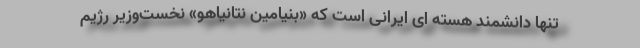
تنها دانشمند هسته ای ایرانی است که «بنیامین نتانیاهو» نخست‌وزیر رژیم